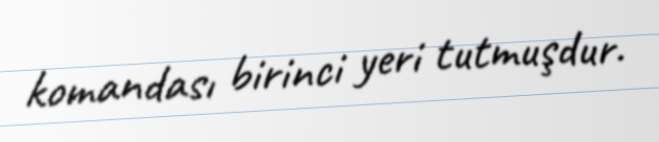
komandası birinci yeri tutmuşdur.